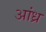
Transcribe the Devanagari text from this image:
अांध्र